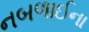
નબળાઈના